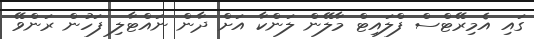
ގައި އެމިރޭޓްސް ފްލައިޓް މާލޭން ލަންކާ އަށް ދާން ނައްޓާލި ފަހުން ރަންވޭ